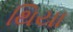
થિયા